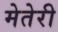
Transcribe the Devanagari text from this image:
मेतेरी